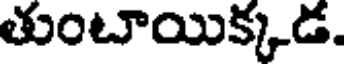
తుంటాయిక్కడ.